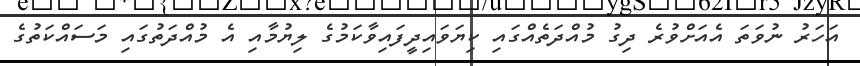
އަހަރު ނުވަތަ އެއަށްވުރެ ދިގު މުއްދަތެއްގައި ކިޔަވައިދީފައިވާކަމުގެ ލިޔުމާއި އެ މުއްދަތުގައި މަސައްކަތުގެ